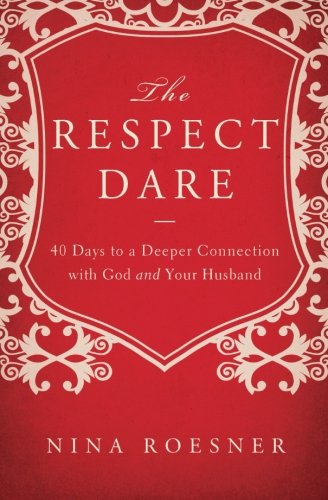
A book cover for The Respect Dare: 40 Days to a Deeper Connection with God and Your Husband; Nina Roesner; Christian Books & Bibles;